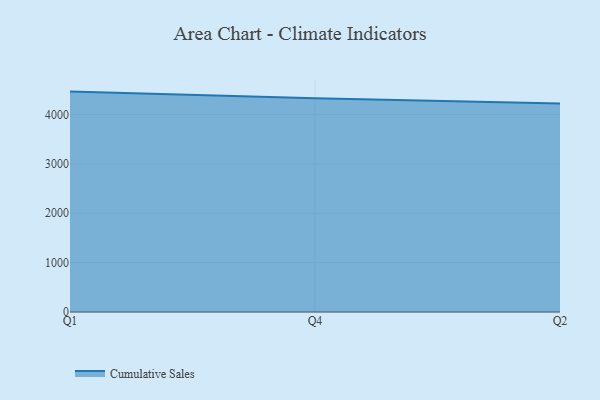
{"axis": {"x": "Quarter", "y": "Backlog"}, "legend": ["Cumulative Sales"], "data": [{"x": "Q1", "y": 4464.0, "type": "Cumulative Sales"}, {"x": "Q4", "y": 4328.3, "type": "Cumulative Sales"}, {"x": "Q2", "y": 4223.7, "type": "Cumulative Sales"}]}